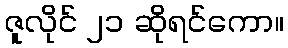
ဇူလိုင် ၂၁ ဆိုရင်ကော။